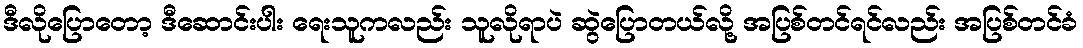
ဒီလိုပြောတော့ ဒီဆောင်းပါး ရေးသူကလည်း သူလိုရာပဲ ဆွဲပြောတယ်လို့ အပြစ်တင်ရင်လည်း အပြစ်တင်ခံ